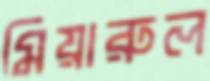
মিয়ারুল